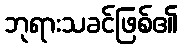
ဘုရားသခင်ဖြစ်၏